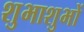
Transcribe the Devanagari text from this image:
शुभाशुभों